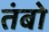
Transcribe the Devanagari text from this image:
तंबो